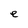
Character: e